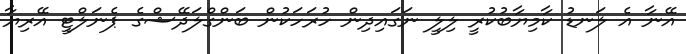
އޭނާ އެ ލަނޑު ކާމިޔާބުކުރީ ލިލީ ނަގައިދިން ހުރަހަކުން ބަންގްލަދޭޝްގެ ޕެނަލްޓީ އޭރިޔާ